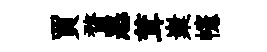
買瞀恶茸嶪幰